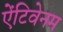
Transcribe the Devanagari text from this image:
ऐंटिवेनम